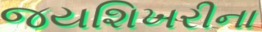
જયશિખરીના